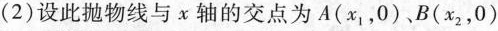
(2)设此抛物线与x轴的交点为A(x_{1}，0)，B(x_{2}，0)